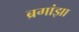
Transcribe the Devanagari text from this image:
ब्रगांझा